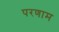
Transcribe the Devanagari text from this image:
परणाम